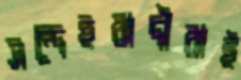
সন্দেহবাদীরাই